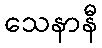
သေနာနီ